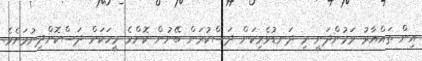
އިން ތައްޔާރު ވަމުންދަނީ މި ދަނޑުވެރިކަން ދަސްކުރަން ބޭނުން ކޮންމެ މީހަކަށް ދަސްކޮށްދިނުމަށެވެ.